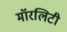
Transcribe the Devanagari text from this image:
मॉरलिटी